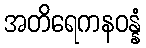
အတိရေကနဝန္နံ